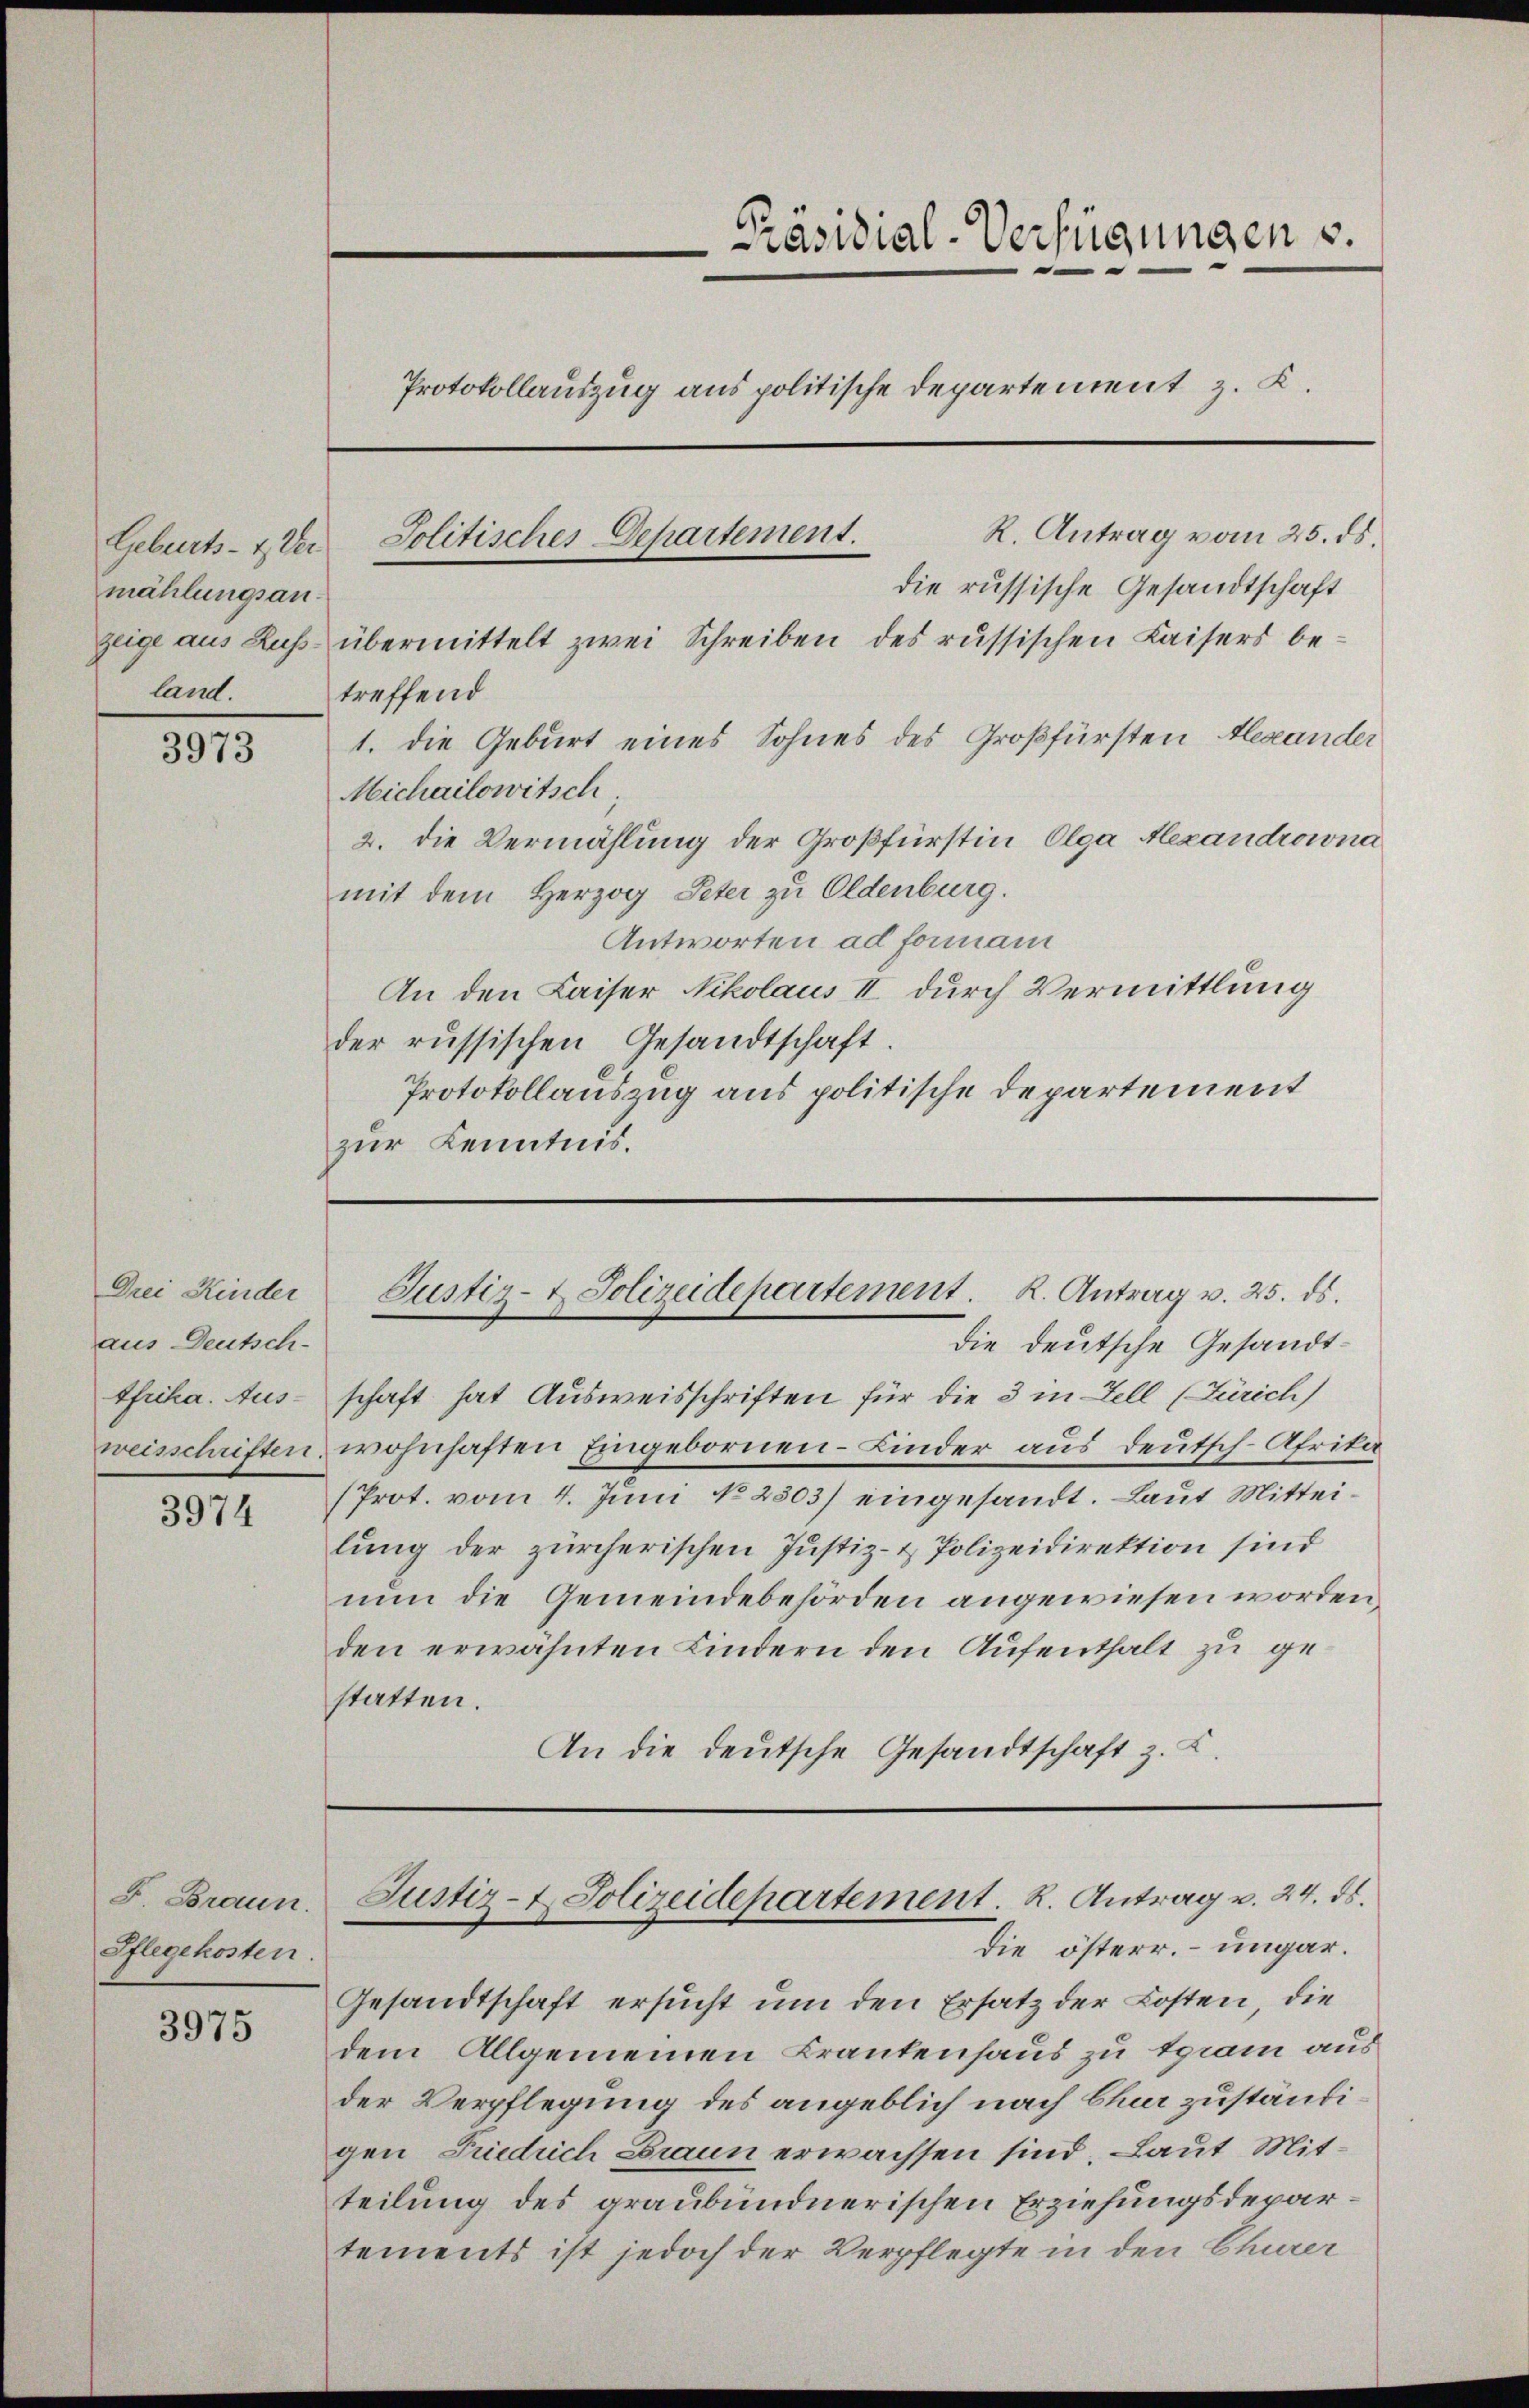
Geburts- & Ver
mählungsan.
land.

3973

Drei Kinder
aus Deutsch-
tfrika. Aus¬

3974

F. Braun.
Pflegekosten.

3975

Präsidial-Verfügungen .
Protokollauszug aus politische Departement z. K.

R. Antrag vom 25. ds.
zeige aus Hus übermittelt zwei Schreiben des russischen Kaisers be-
treffend
1. die Geburt eines Sohnes des Großfürsten Alexander
Michailowitsch
2. die Vermählung der Großfürstin Olga Alexandrowna
mit dem Herzog Peter zu Oldenburg.
Antworten ad forman
An den Kaiser Nikolaus II durch Vermittlung
der russischen Gesandtschaft.
Protokollauszug aus politische Departement
zur Kenntnis.

Solitisches Departement.
die russische Gesandtschaft

Justiz- & Polizeidepartement. K. Antrag v. 25. ds.

die deutsche Gesandtschaft hat Ausweisschriften für die 3 in Zell (Zürich)
weisschriften, wohnhaften Eingebornen-Linder aus deutsch-Afrika
(Prot. vom 4. Juni No 2303) eingesandt. Laut Mitteilung der zürcherischen Justiz- & Polizeidirektion sind
nun die Gemeindebehörden angewiesen worden,
den erwähnten Kindern den Aufenthalt zu gestatten.
An die deutsche Gesandtschaft z. B.

Justiz- & Polizeidepartement. K. Antrag u. 24. ds.
die österr. ungar.

Gesandtschaft ersucht um den Ersatz der Kosten, die
dem Allgemeinen Krankenhaus zu tram aus
der Verpflegung des angeblich nach Chur zuständigen Friedrich Braun erwachsen sind, Laut Mitteilung des graubündnerischen Erziehungsdepartements ist jedoch der Verpflegte in den Churer